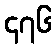
၄၇၆